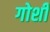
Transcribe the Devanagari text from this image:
गोशी